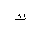
Letter: _kaf